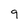
Character: 9